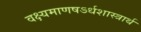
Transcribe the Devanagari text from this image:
वक्ष्यमाणषऽर्धशास्त्रार्थ